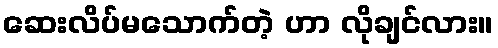
ဆေးလိပ်မသောက်တဲ့ ဟာ လိုချင်လား။